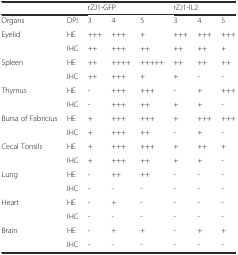
|  |  | <COLSPAN=3> rZJ1-GFP | <COLSPAN=3> rZJ1-IL2 |
 | --- | --- | --- | --- | --- | --- | --- | --- |
 | Organs | DPI | 3 | 4 | 5 | 3 | 4 | 5 |
 | <ROWSPAN=2> Eyelid | HE | +++ | +++ | + | +++ | +++ | +++ |
 | IHC | ++ | +++ | ++ | ++ | ++ | + |
 | <ROWSPAN=2> Spleen | HE | ++ | ++++ | +++++ | ++ | ++ | ++ |
 | IHC | ++ | +++ | + | + | - | - |
 | <ROWSPAN=2> Thymus | HE | - | +++ | +++ | - | + | +++ |
 | IHC | - | +++ | ++ | + | + | - |
 | <ROWSPAN=2> Bursa of Fabricius | HE | + | +++ | +++ | + | +++ | +++ |
 | IHC | + | +++ | ++ | - | + | - |
 | <ROWSPAN=2> Cecal Tonsils | HE | + | +++ | +++ | + | ++ | + |
 | IHC | + | +++ | ++ | + | + | - |
 | <ROWSPAN=2> Lung | HE | - | ++ | ++ | - | - | - |
 | IHC | - | - | - | - | - | - |
 | <ROWSPAN=2> Heart | HE | - | + | - | - | - | - |
 | IHC | - | - | - | - | - | - |
 | <ROWSPAN=2> Brain | HE | - | + | + | - | + | + |
 | IHC | - | - | - | - | - | - |